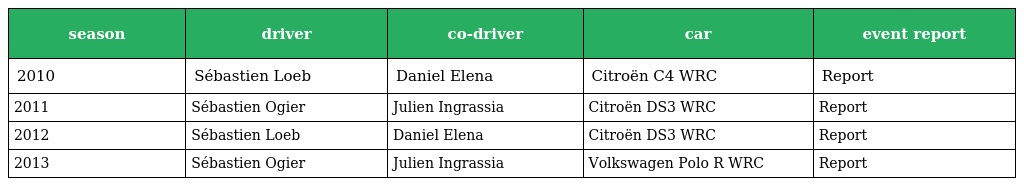
| season | driver | co-driver | car | event report |
 | --- | --- | --- | --- | --- |
 | 2010 | Sébastien Loeb | Daniel Elena | Citroën C4 WRC | Report |
 | 2011 | Sébastien Ogier | Julien Ingrassia | Citroën DS3 WRC | Report |
 | 2012 | Sébastien Loeb | Daniel Elena | Citroën DS3 WRC | Report |
 | 2013 | Sébastien Ogier | Julien Ingrassia | Volkswagen Polo R WRC | Report |